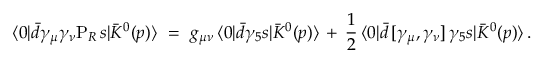
\langle 0 | \bar { d } \gamma _ { \mu } \gamma _ { \nu } \mathrm { P } _ { R } \, s | \bar { K } ^ { 0 } ( p ) \rangle \ = \ g _ { \mu \nu } \, \langle 0 | \bar { d } \gamma _ { 5 } s | \bar { K } ^ { 0 } ( p ) \rangle \, + \, \frac { 1 } { 2 } \, \langle 0 | \bar { d } \, [ \gamma _ { \mu } , \gamma _ { \nu } ] \, \gamma _ { 5 } s | \bar { K } ^ { 0 } ( p ) \rangle \, .